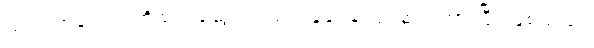
သည် အခါတွင် ကိုသက်ဆွေကလည်း ခုခံရန် ပြင်ဆင် ထားပြီး ဖြစ်သည်။